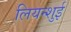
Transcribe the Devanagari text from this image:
लियन्शुई